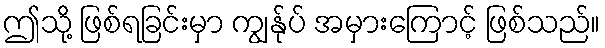
ဤသို့ ဖြစ်ရခြင်းမှာ ကျွန်ုပ် အမှားကြောင့် ဖြစ်သည်။